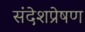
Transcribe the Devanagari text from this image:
संदेशप्रेषण